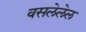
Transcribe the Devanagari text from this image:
वसलेलेल